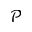
\mathcal { P }